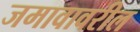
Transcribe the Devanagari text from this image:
जमावावरील